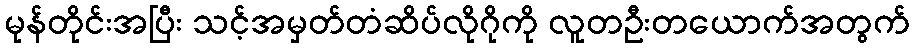
မုန်တိုင်းအပြီး သင့်အမှတ်တံဆိပ်လိုဂိုကို လူတဦးတယောက်အတွက်